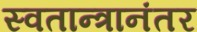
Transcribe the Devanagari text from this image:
स्वतान्त्रानंतर